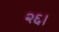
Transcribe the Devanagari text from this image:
२६।